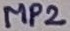
Text: MP2